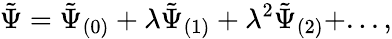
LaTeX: \tilde{\Psi}=\tilde{\Psi}_{(0)}+\lambda\tilde{\Psi}_{(1)}+\lambda^{2}\tilde{\Psi}_{(2)}+...,